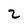
Character: 2